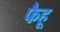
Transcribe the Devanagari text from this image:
फैहू